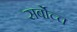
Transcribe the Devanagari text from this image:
सर्बोच्च